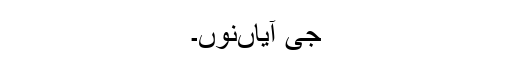
جی آیاں‌نوں۔